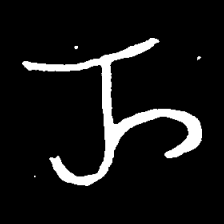
Pyu character \u2014 Myanmar letter: ည (romanized: nya)